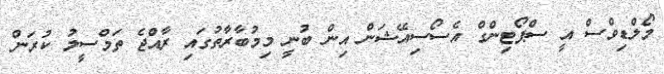
މޯލްޑިވްސް އީ ސްޕޯޓިންގް އެސޯސިއޭޝަން އިން ބުނީ މިމުބާރާތުގައި ރާއްޖެ ތަމްސީލު ކުރަން